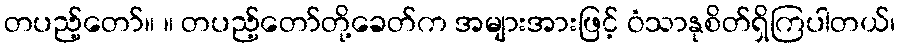
တပည့်တော်။ ။ တပည့်တော်တို့ခေတ်က အများအားဖြင့် ဝံသာနုစိတ်ရှိကြပါတယ်၊